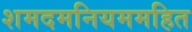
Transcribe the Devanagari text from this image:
शमदमनियममहित